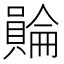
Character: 𧷺